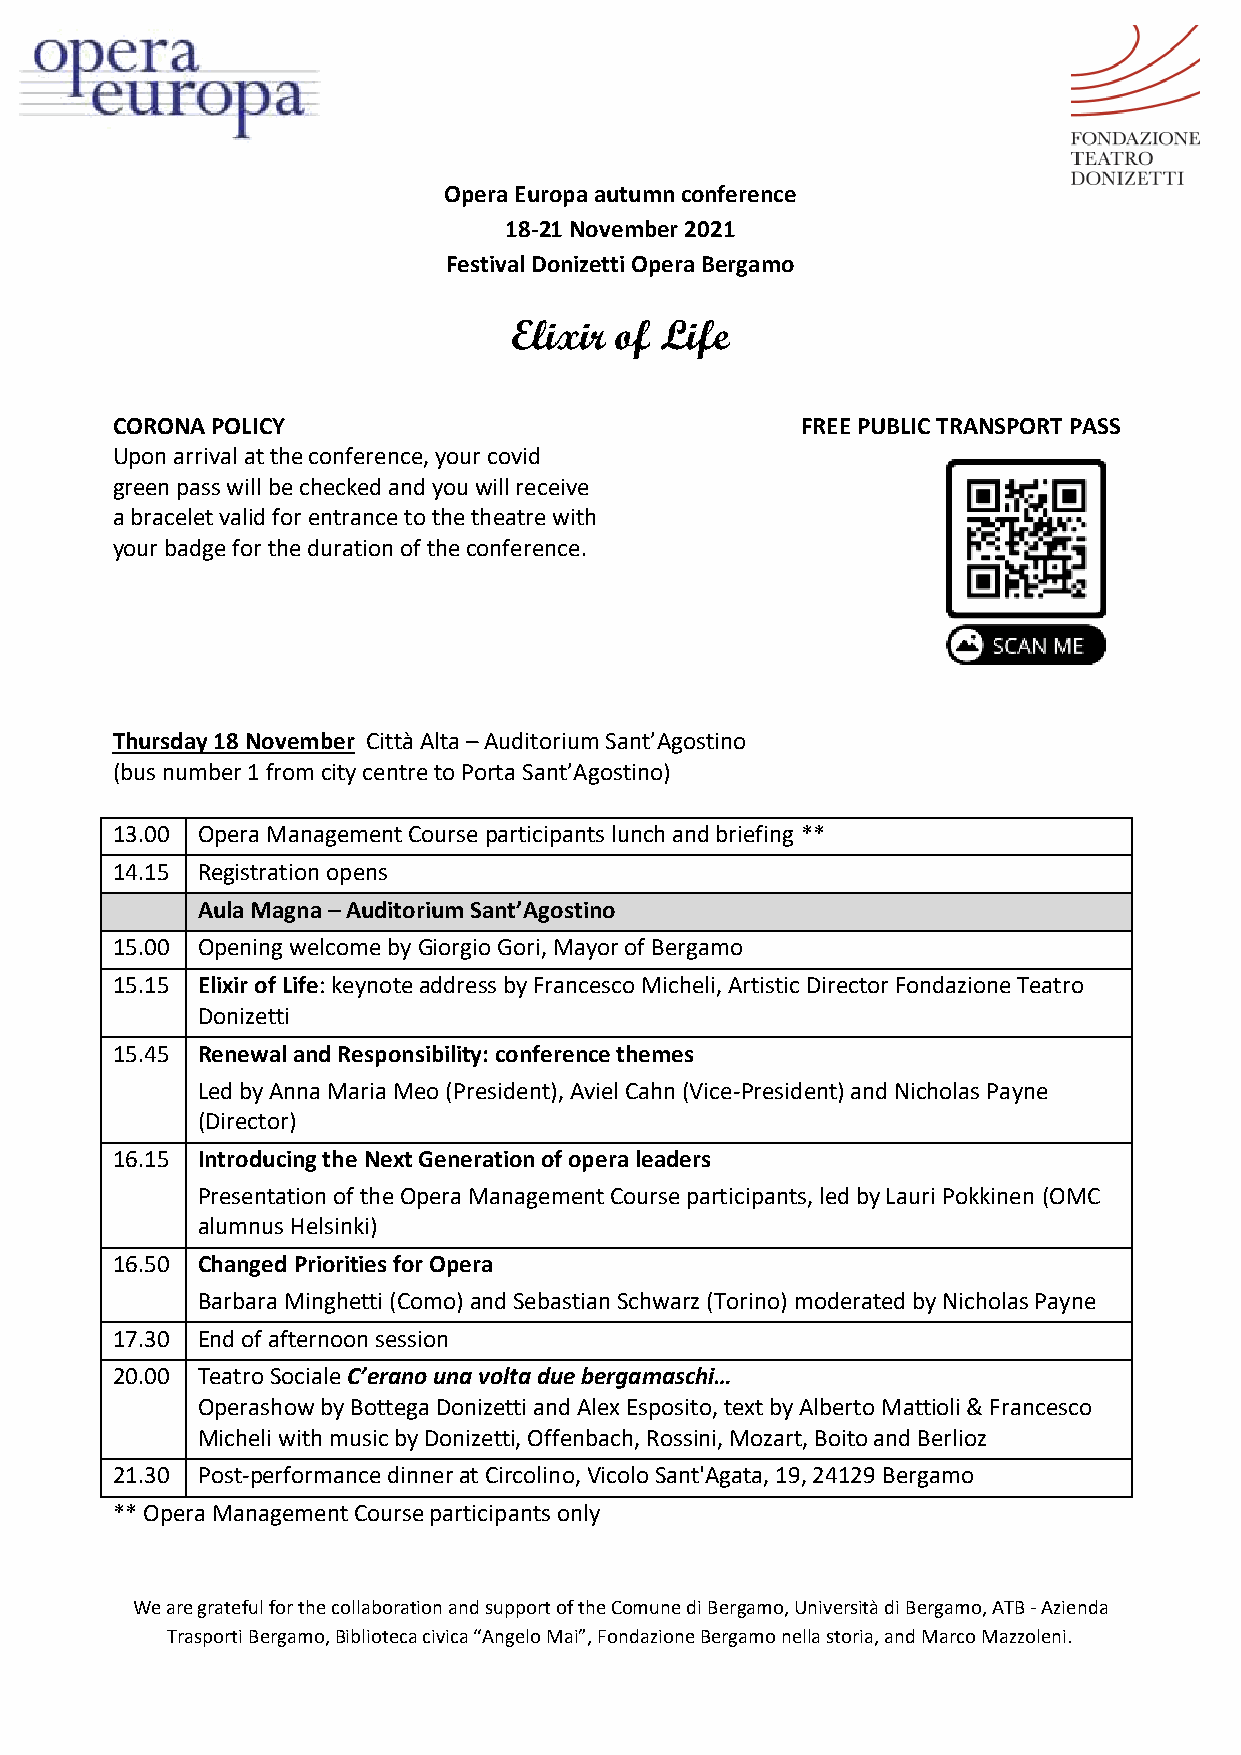
Opera Europa autumn conference
 18-21 November 2021
 Festival Donizetti Opera Bergamo
 Elixir of Life
 CORONA POLICY                                 FREE PUBLIC TRANSPORT PASS
 Upon arrival at the conference, your covid
 green pass will be checked and you will receive
 a bracelet valid for entrance to the theatre with
 your badge for the duration of the conference.
 Thursday 18 November Città Alta – Auditorium Sant’Agostino
 (bus number 1 from city centre to Porta Sant’Agostino)
 13.00 Opera Management Course participants lunch and briefing **
 14.15 Registration opens
 Aula Magna – Auditorium Sant’Agostino
 15.00 Opening welcome by Giorgio Gori, Mayor of Bergamo
 15.15 Elixir of Life: keynote address by Francesco Micheli, Artistic Director Fondazione Teatro
 Donizetti
 15.45 Renewal and Responsibility: conference themes
 Led by Anna Maria Meo (President), Aviel Cahn (Vice-President) and Nicholas Payne
 (Director)
 16.15 Introducing the Next Generation of opera leaders
 Presentation of the Opera Management Course participants, led by Lauri Pokkinen (OMC
 alumnus Helsinki)
 16.50 Changed Priorities for Opera
 Barbara Minghetti (Como) and Sebastian Schwarz (Torino) moderated by Nicholas Payne
 17.30 End of afternoon session
 20.00 Teatro Sociale C’erano una volta due bergamaschi…
 Operashow by Bottega Donizetti and Alex Esposito, text by Alberto Mattioli & Francesco
 Micheli with music by Donizetti, Offenbach, Rossini, Mozart, Boito and Berlioz
 21.30 Post-performance dinner at Circolino, Vicolo Sant'Agata, 19, 24129 Bergamo
 ** Opera Management Course participants only
 We are grateful for the collaboration and support of the Comune di Bergamo, Università di Bergamo, ATB - Azienda
 Trasporti Bergamo, Biblioteca civica “Angelo Mai”, Fondazione Bergamo nella storia, and Marco Mazzoleni.